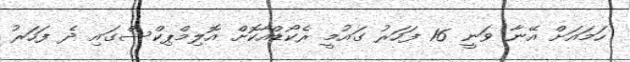
ހަމައަށް އޭނާ ވަނީ 16 ފަހަރު ގައުމީ ރެކޯޑްއާކޮށް އޮލިމްޕިކްސްގައި ދެ ފަހަރު